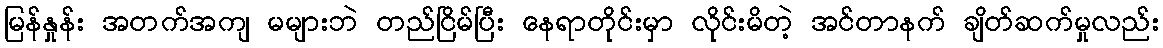
မြန်နှုန်း အတက်အကျ မများဘဲ တည်ငြိမ်ပြီး နေရာတိုင်းမှာ လိုင်းမိတဲ့ အင်တာနက် ချိတ်ဆက်မှုလည်း